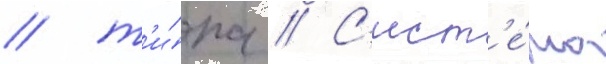
/ т'и́па // С'ист'е́ма